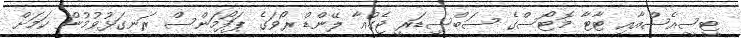
ޓީސީއެސްއާއި ޓާޓާ މޮޓޯސްގެ ސަބްސިޑަރީ ޖެގުއާ ލޭންޑް ރޯވަގެ ޕަފޯމަންސް ރަނގަޅުވުމުން ކަމަށް